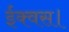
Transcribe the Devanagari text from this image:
ईक्वस।